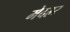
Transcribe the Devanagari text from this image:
मेदहर